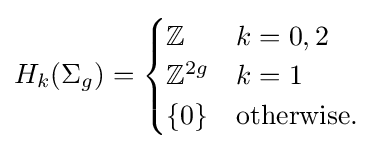
H_{k}(\Sigma _{g})={\begin{cases}\mathbb {Z} &k=0,2\\\mathbb {Z} ^{2g}&k=1\\\{0\}&{\text{otherwise.}}\end{cases}}